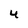
Character: 4